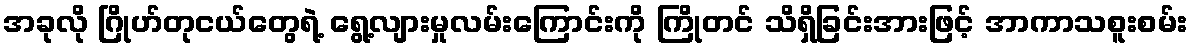
အခုလို ဂြိုဟ်တုငယ်တွေရဲ့ ရွေ့လျားမှုလမ်းကြောင်းကို ကြိုတင် သိရှိခြင်းအားဖြင့် အာကာသစူးစမ်း